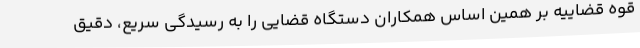
قوه قضاییه بر همین اساس همکاران دستگاه قضایی را به رسیدگی سریع، دقیق